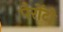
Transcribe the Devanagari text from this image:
पैरोंटो